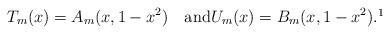
LaTeX: \begin{align*}T_m(x) = A_m(x,1-x^2)\quad\mbox{and}U_m(x)= B_m(x, 1-x^2).\footnote{Our notation for $U_m$ is non-standard; it is usually denoted $U_{m-1}$.}\end{align*}